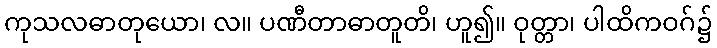
ကုသလဓာတုယော၊ လ။ ပဏီတာဓာတူတိ၊ ဟူ၍။ ဝုတ္တာ၊ ပါထိကဝဂ်၌